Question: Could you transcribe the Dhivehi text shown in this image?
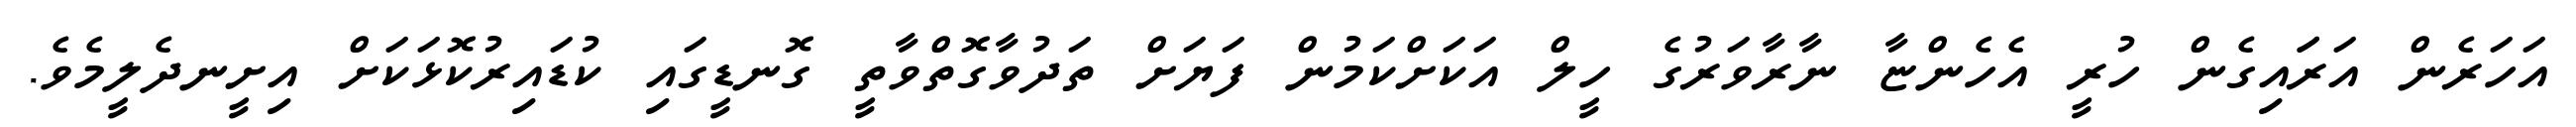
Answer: އަހަރެން އަރަައިގެން ހުރީ އެހެންޏާ ނާރާވަރުގެ ހީލް އަކަށްކަމުން ފަޔަށް ތަދުވާގޮތްވާތީ ގޮނޑީގައި ކުޑައިރުކޮޅަކަށް އިށީނދެލީމެވެ.